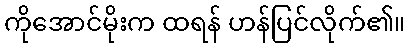
ကိုအောင်မိုးက ထရန် ဟန်ပြင်လိုက်၏။